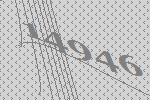
14946